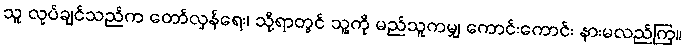
သူ လုပ်ချင်သည်က တော်လှန်ရေး၊ သို့ရာတွင် သူ့ကို မည်သူကမျှ ကောင်းကောင်း နားမလည်ကြ။